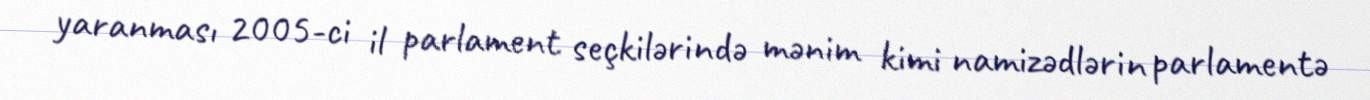
yaranması 2005-ci il parlament seçkilərində mənim kimi namizədlərin parlamentə